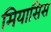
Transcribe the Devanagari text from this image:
मियासिस